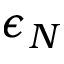
\epsilon _ { N }